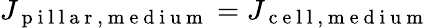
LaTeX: J_{\mathrm{~p~i~l~l~a~r~,~m~e~d~i~u~m~}}=J_{\mathrm{~c~e~l~l~,~m~e~d~i~u~m~}}